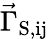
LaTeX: \vec{\Gamma}_{\mathrm{S,ij}}